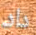
داد